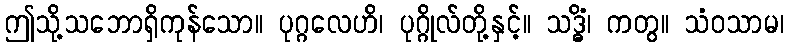
ဤသို့သဘောရှိကုန်သော။ ပုဂ္ဂလေဟိ၊ ပုဂ္ဂိုလ်တို့နှင့်။ သဒ္ဓိံ၊ ကတွ။ သံဝသာမ၊